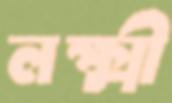
লক্ষ্মী